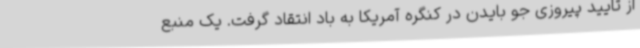
از تایید پیروزی جو بایدن در کنگره آمریکا به باد انتقاد گرفت. یک منبع